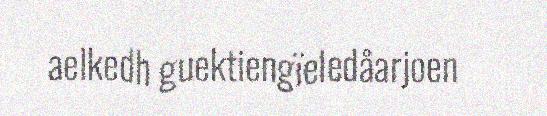
aelkedh guektiengïeledåarjoen